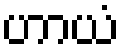
ဟာယံ